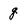
Character: g